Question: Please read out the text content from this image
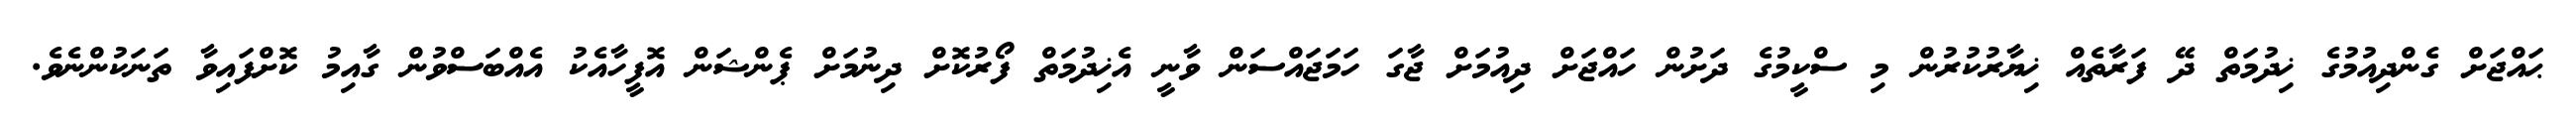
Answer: ޙައްޖަށް ގެންދިއުމުގެ ޚިދުމަތް ދޭ ފަރާތެއް ޚިޔާރުކުރުން މި ސްކީމުގެ ދަށުން ހައްޖަށް ދިއުމަށް ޖާގަ ހަމަޖައްސަން ވާނީ އެޚިދުމަތް ފޯރުކޮށް ދިނުމަށް ޕެންޝަން އޮފީހާއެކު އެއްބަސްވުން ގާއިމު ކޮށްފައިވާ ތަނަކުންނެވެ.